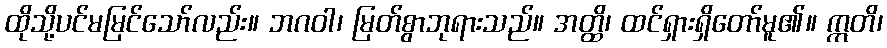
ထိုသို့ပင်မမြင်သော်လည်း။ ဘဂဝါ၊ မြတ်စွာဘုရားသည်။ အတ္ထိ၊ ထင်ရှားရှိတော်မူ၏။ ဣတိ၊